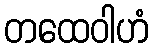
တထေဝါဟံ